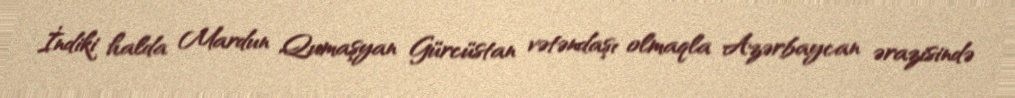
İndiki halda Mardun Qumaşyan Gürcüstan vətəndaşı olmaqla Azərbaycan ərazisində